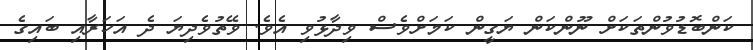
ކަންބޮޑުވުންތަކަށް ނޫންކަން ޔަގީން ކަމަށްވެސް ވިދާޅުވި އެވެ. ވޭތުވެދިޔަ ދެ އަހަރާއި ބައިގެ